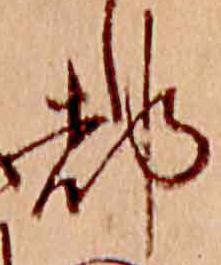
都